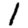
Digit: 1